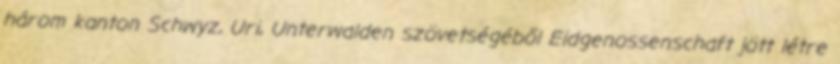
három kanton Schwyz, Uri, Unterwalden szövetségéből Eidgenossenschaft jött létre